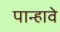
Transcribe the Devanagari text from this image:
पान्हावे